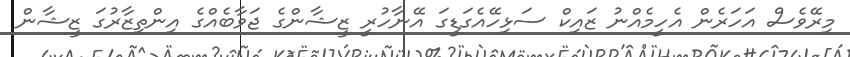
މިރޭވެސް އަހަރެން އެހީމެއްނު ޒައިކް ސަޅިހޭއެގަޑީގަ އޭނާހުރީ ޒީޝާންގެ ޖަވާބެއްގެ އިންތިޒާރުގަ ޒީޝާން